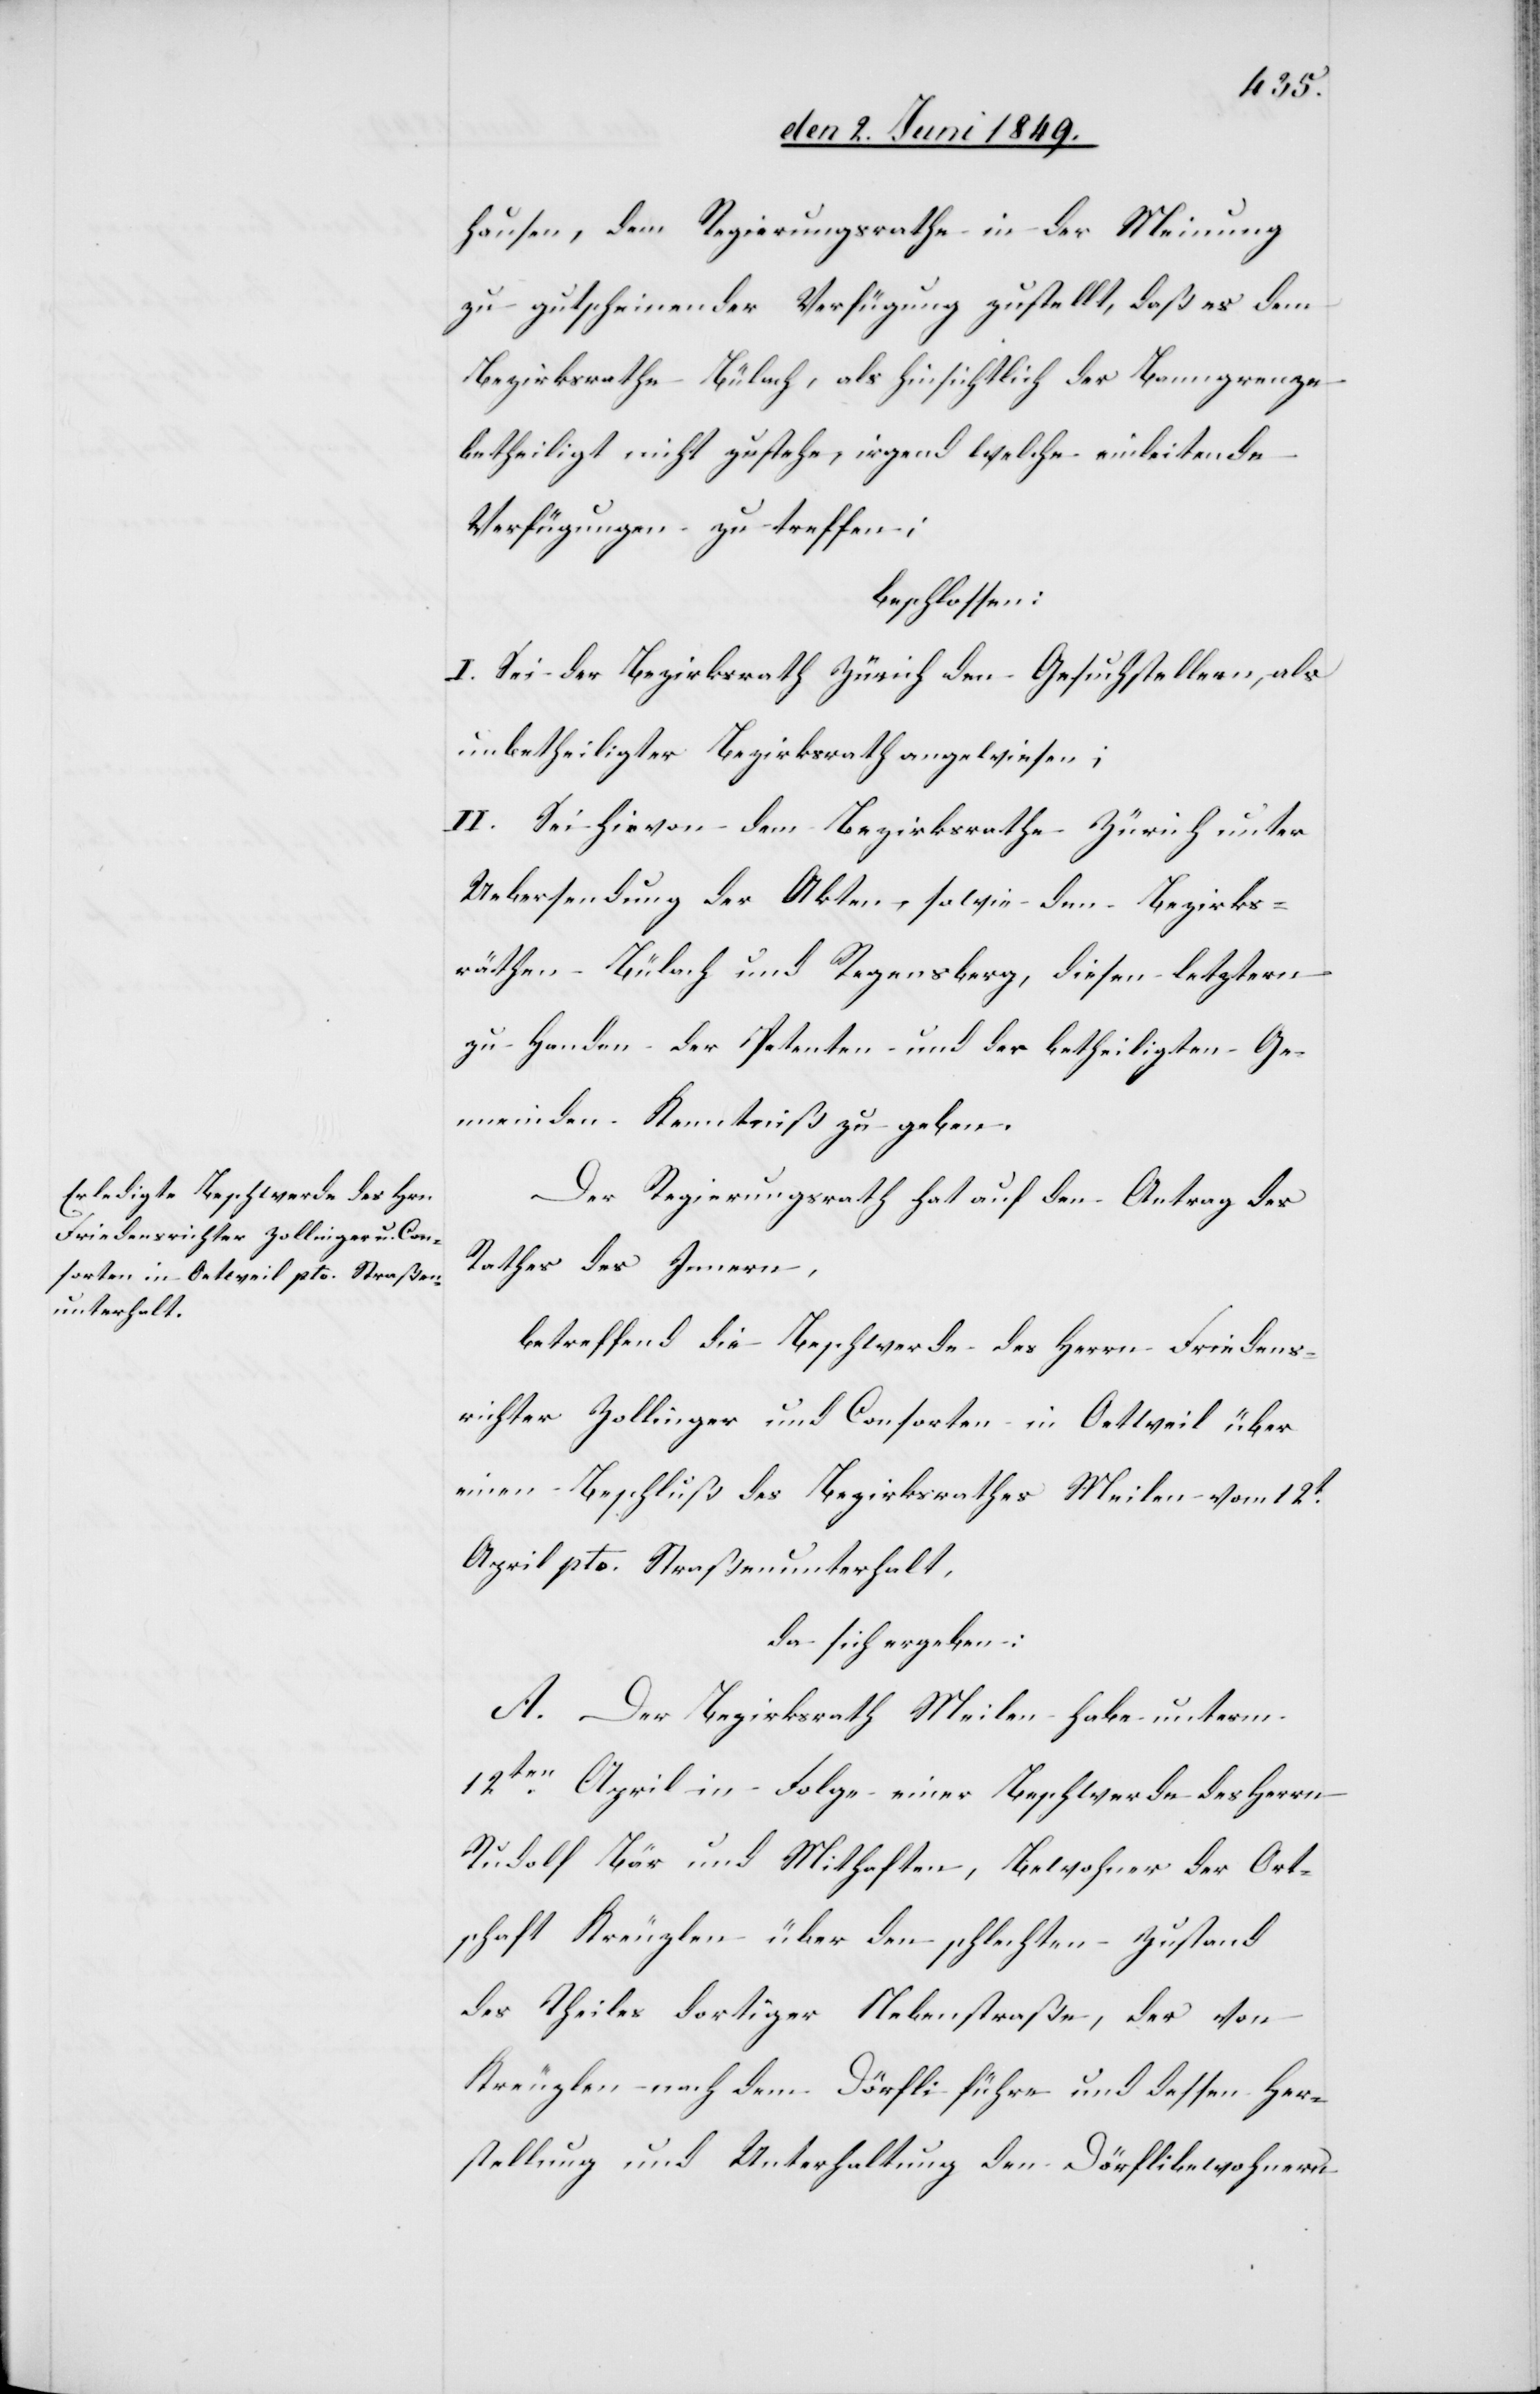
hausen, dem Regierungsrathe in der Meinung
zu gutscheinender Verfügung gestellt, daß es dem
Bezirksrathe Bülach als hinsichtlich der Banngrenze
betheiligt nicht zustehe, irgend welche einleitende
Verfügungen zu treffen:
beschlossen:
I. Sei der Bezirksrath Zürich den Gesuchstellern, als
unbetheiligter Bezirksrath angewiesen;
II. Sei hievon dem Bezirksrathe Zürich unter
Uebersendung der Akten, sowie den Bezirks¬
räthen Bülach und Regensberg, diesen letztern
zu Handen der Petenten und der betheiligten Ge¬
meinden Kenntniß zu geben.
Der Regierungsrath hat auf den Antrag des
Rathes des Innern,
betreffend die Beschwerde des Herrn Friedens¬
richter Zollinger und Consorten in Oettweil über
einen Beschluß des Bezirksrathes Meilen vom 12t
April pto. Straßenunterhalt,
da sich ergeben:
A. Der Bezirksrath Meilen habe unterm
12ten April in Folge einer Beschwerde des Herrn
Rudolf Bär und Mithaften, Bewohner der Ort¬
schaft Kreuzlen über den schlechten Zustand
des Theiles dortiger Nebenstraße, der von
Kreuzlen nach dem Dörfli führe und dessen Her¬
stellung und Unterhaltung den Dörflibewohnern